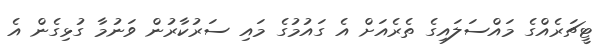
ޓީޗަރެއްގެ މައްސަލައިގެ ތެރެއަށް އެ ގައުމުގެ މައި ސަރުކާރުން ވަނުމާ ގުޅިގެން އެ